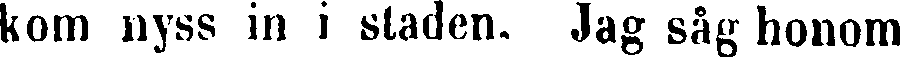
kom nyss in i staden. Jag såg honom